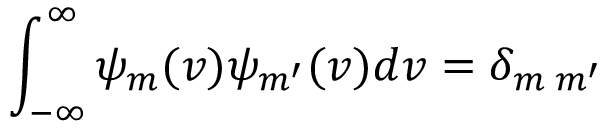
\int _ { - \infty } ^ { \infty } \psi _ { m } ( v ) \psi _ { m ^ { \prime } } ( v ) d v = \delta _ { m \; m ^ { \prime } }